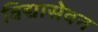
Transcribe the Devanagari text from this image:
विद्यासेवन